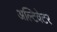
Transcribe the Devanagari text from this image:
अल्टिवेटर